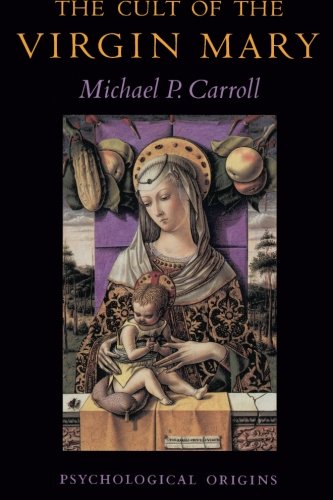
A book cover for The Cult of the Virgin Mary; Michael P. Carroll; Religion & Spirituality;